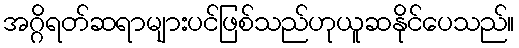
အဂ္ဂိရတ်ဆရာများပင်ဖြစ်သည်ဟုယူဆနိုင်ပေသည်။